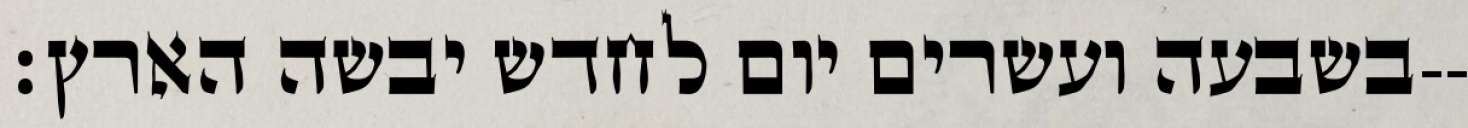
בשבעה ועשרים יום לחדש יבשה הארץ׃--